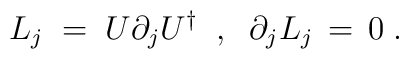
L_j \;=\; U\partial_j U^{\dagger} \;\; , \;\; \partial_j L_j\,=\,0\;.